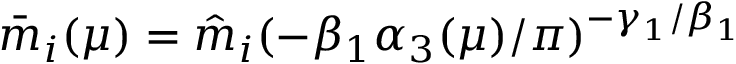
\bar { m } _ { i } ( \mu ) = \hat { m } _ { i } ( - \beta _ { 1 } \alpha _ { 3 } ( \mu ) / \pi ) ^ { - \gamma _ { 1 } / \beta _ { 1 } }